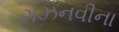
ગઝનવીના